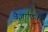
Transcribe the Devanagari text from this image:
वैज्ञाणिक